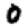
Digit: 0